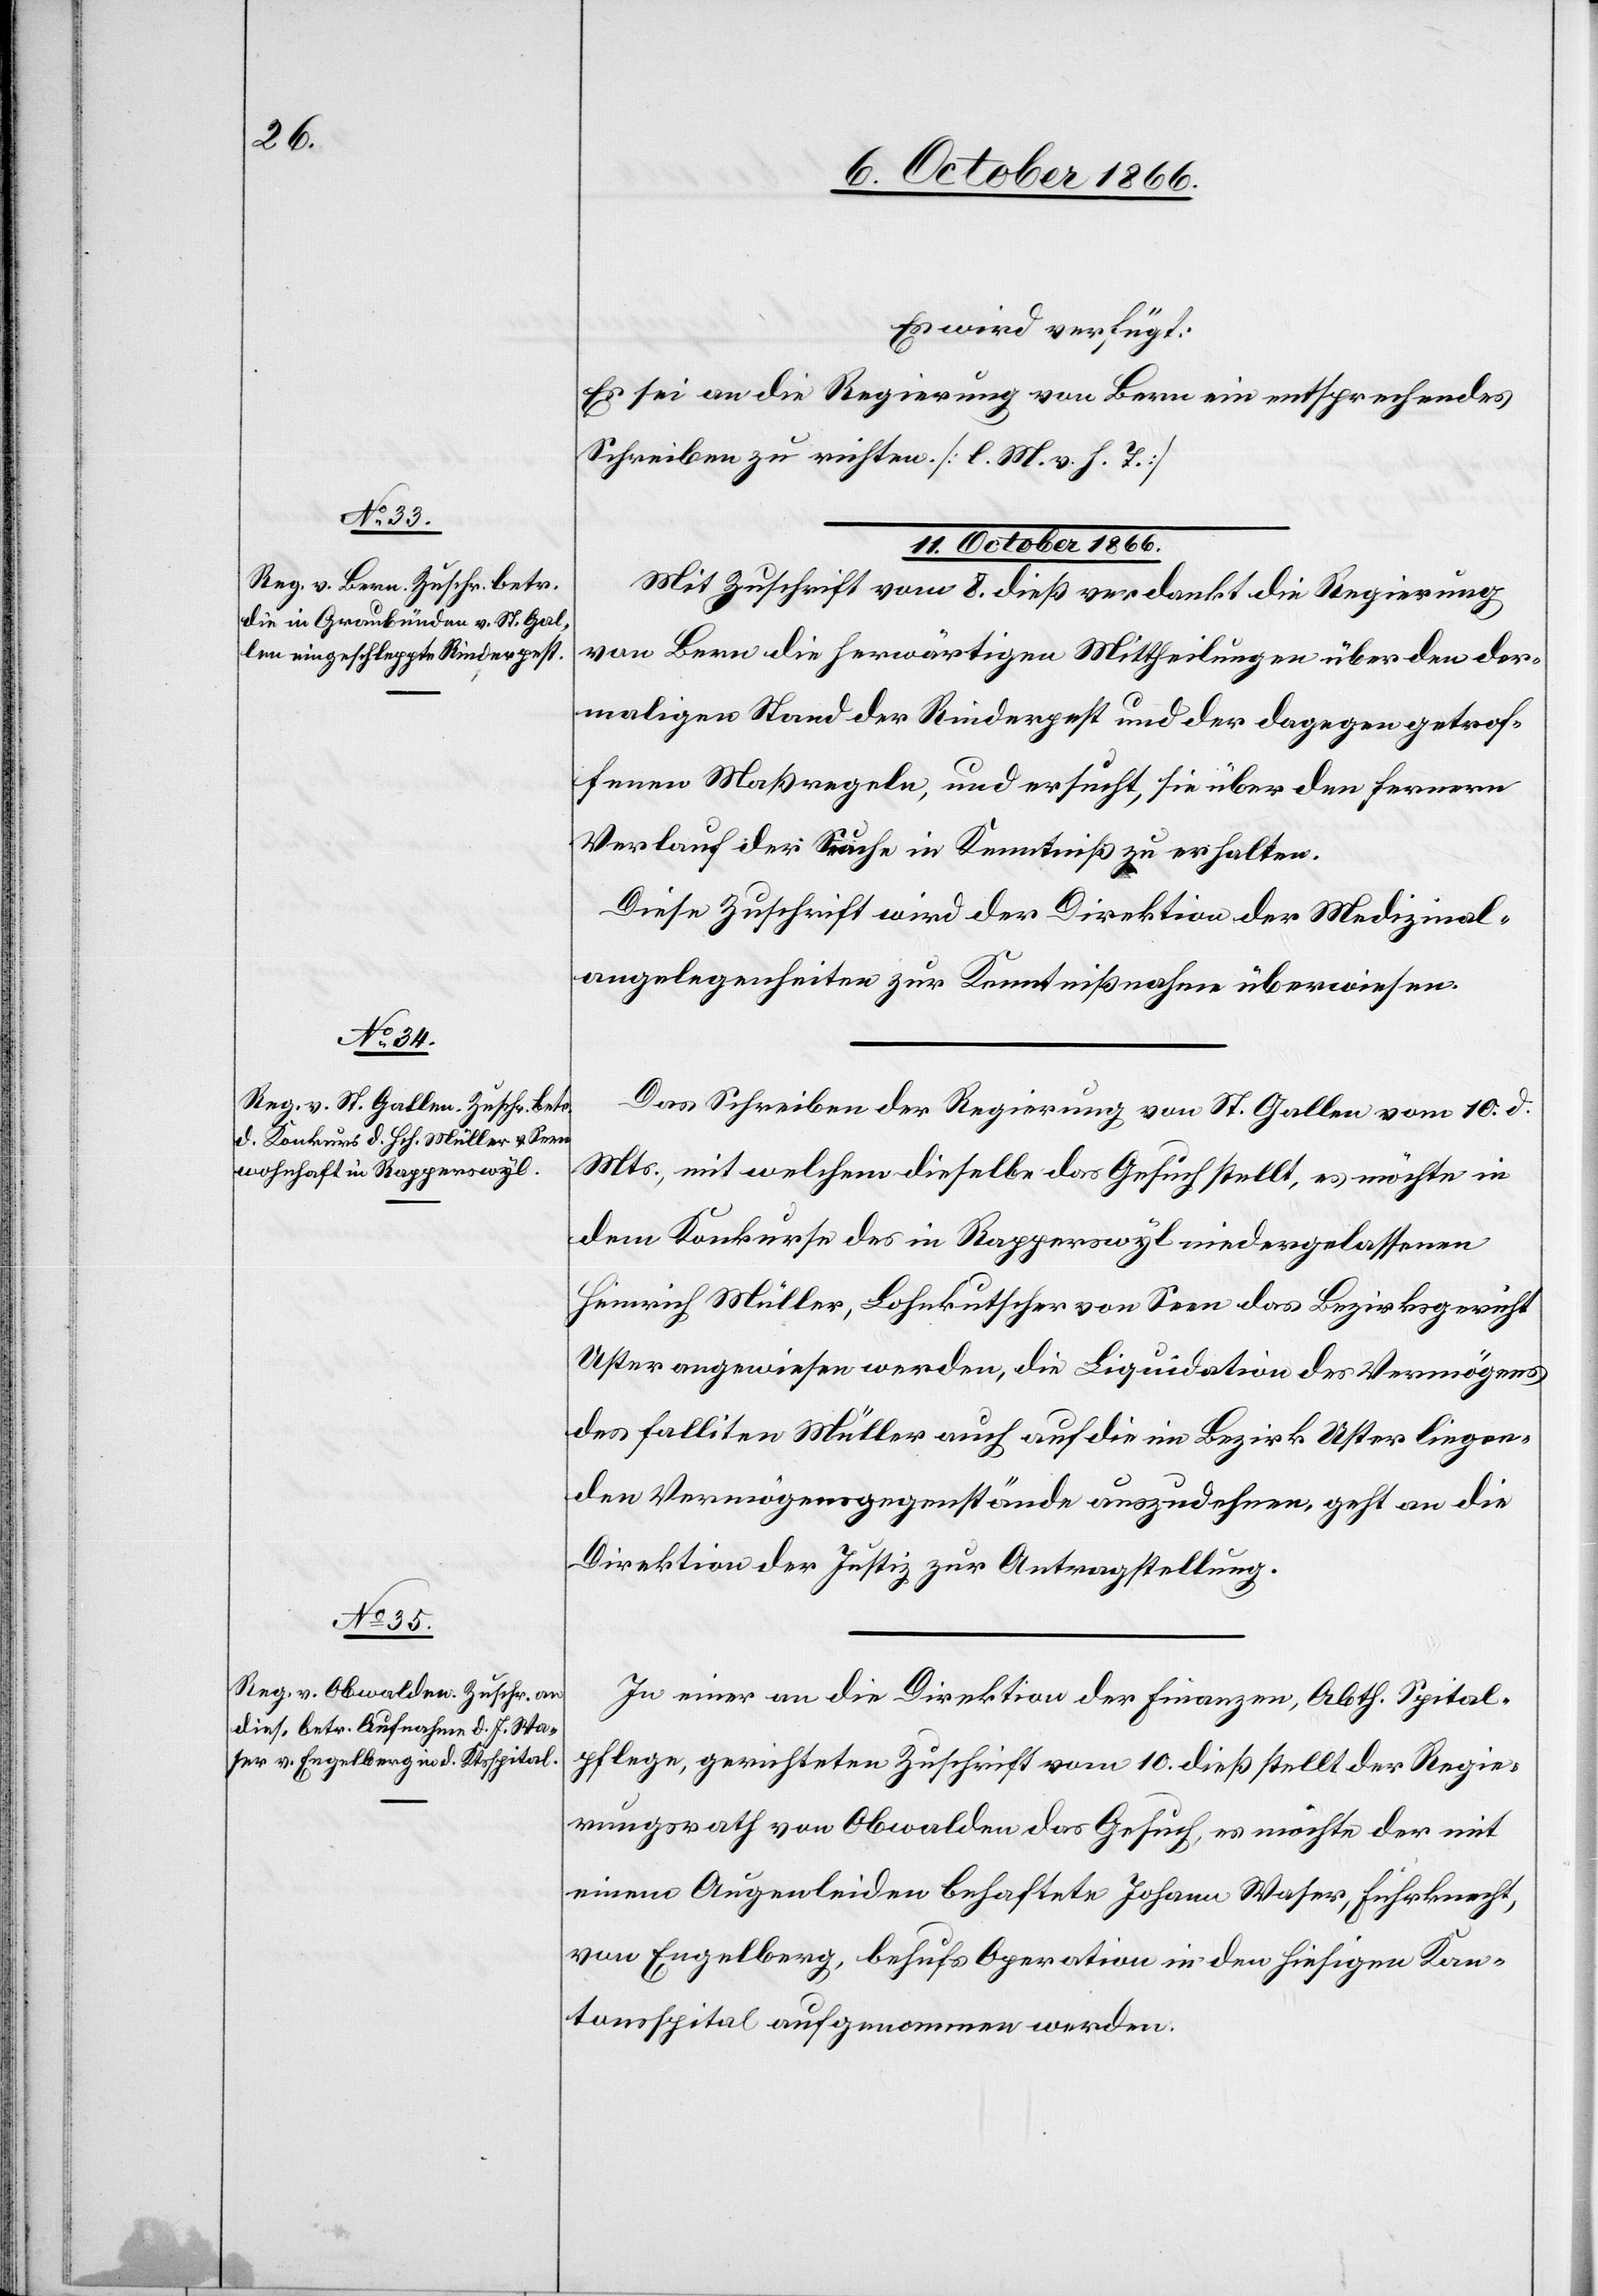
Es wird verfügt:
Es sei an die Regierung von Bern ein entsprechendes
Schreiben zu richten. [l. M. v. h. T.]
11. October 1866.]
Mit Zuschrift vom 8. dieß verdankt die Regierung
von Bern die herwärtigen Mittheilungen über den der¬
maligen Stand der Rinderpest und der dagegen getrof¬
fenen Maßregeln, und ersucht, sie über den fernern
Verlauf der Seuche in Kenntniß zu erhalten.
Diese Zuschrift wird der Direktion der Medizinal¬
angelegenheiten zur Kenntnißnahme überwiesen.
Das Schreiben der Regierung von St. Gallen vom 10. d.
Mts., mit welchem dieselbe das Gesuch stellt, es möchte in
dem Konkurse des in Rapperswyl niedergelassenen
Heinrich Müller, Lohnkutscher von Seen das Bezirksgericht
Uster angewiesen werden, die Liquidation des Vermögens
des falliten Müller auch auf die im Bezirk Uster liegen¬
den Vermögensgegenstände auszudehnen, geht an die
Direktion der Justiz zur Antragstellung.
In einer an die Direktion der Finanzen, Abth. Spital¬
pflege, gerichteten Zuschrift vom 10. dieß stellt der Regie¬
rungsrath von Obwalden das Gesuch, es möchte der mit
einem Augenleiden behaftete Johann Waser, Fuhrknecht,
von Engelberg, behufs Operation in den hiesigen Kan¬
tonsspital aufgenommen werden.